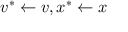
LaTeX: v ^ { * } \leftarrow v , x ^ { * } \leftarrow x